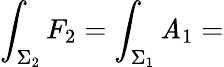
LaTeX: \int_{\Sigma_{2}}F_{2}=\int_{\Sigma_{1}}\mathit{A}_{1}=